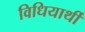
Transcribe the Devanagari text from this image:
विधियार्थी